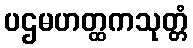
ပဌမဟတ္ထကသုတ္တံ